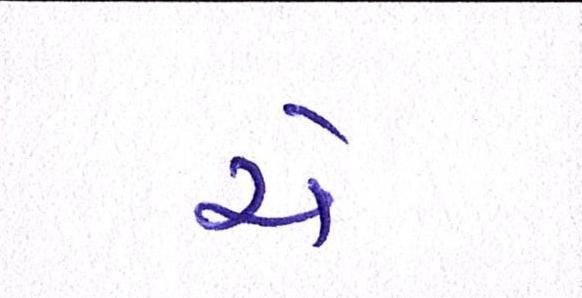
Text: ચે